Trukikaitis_Postimees, lk 10
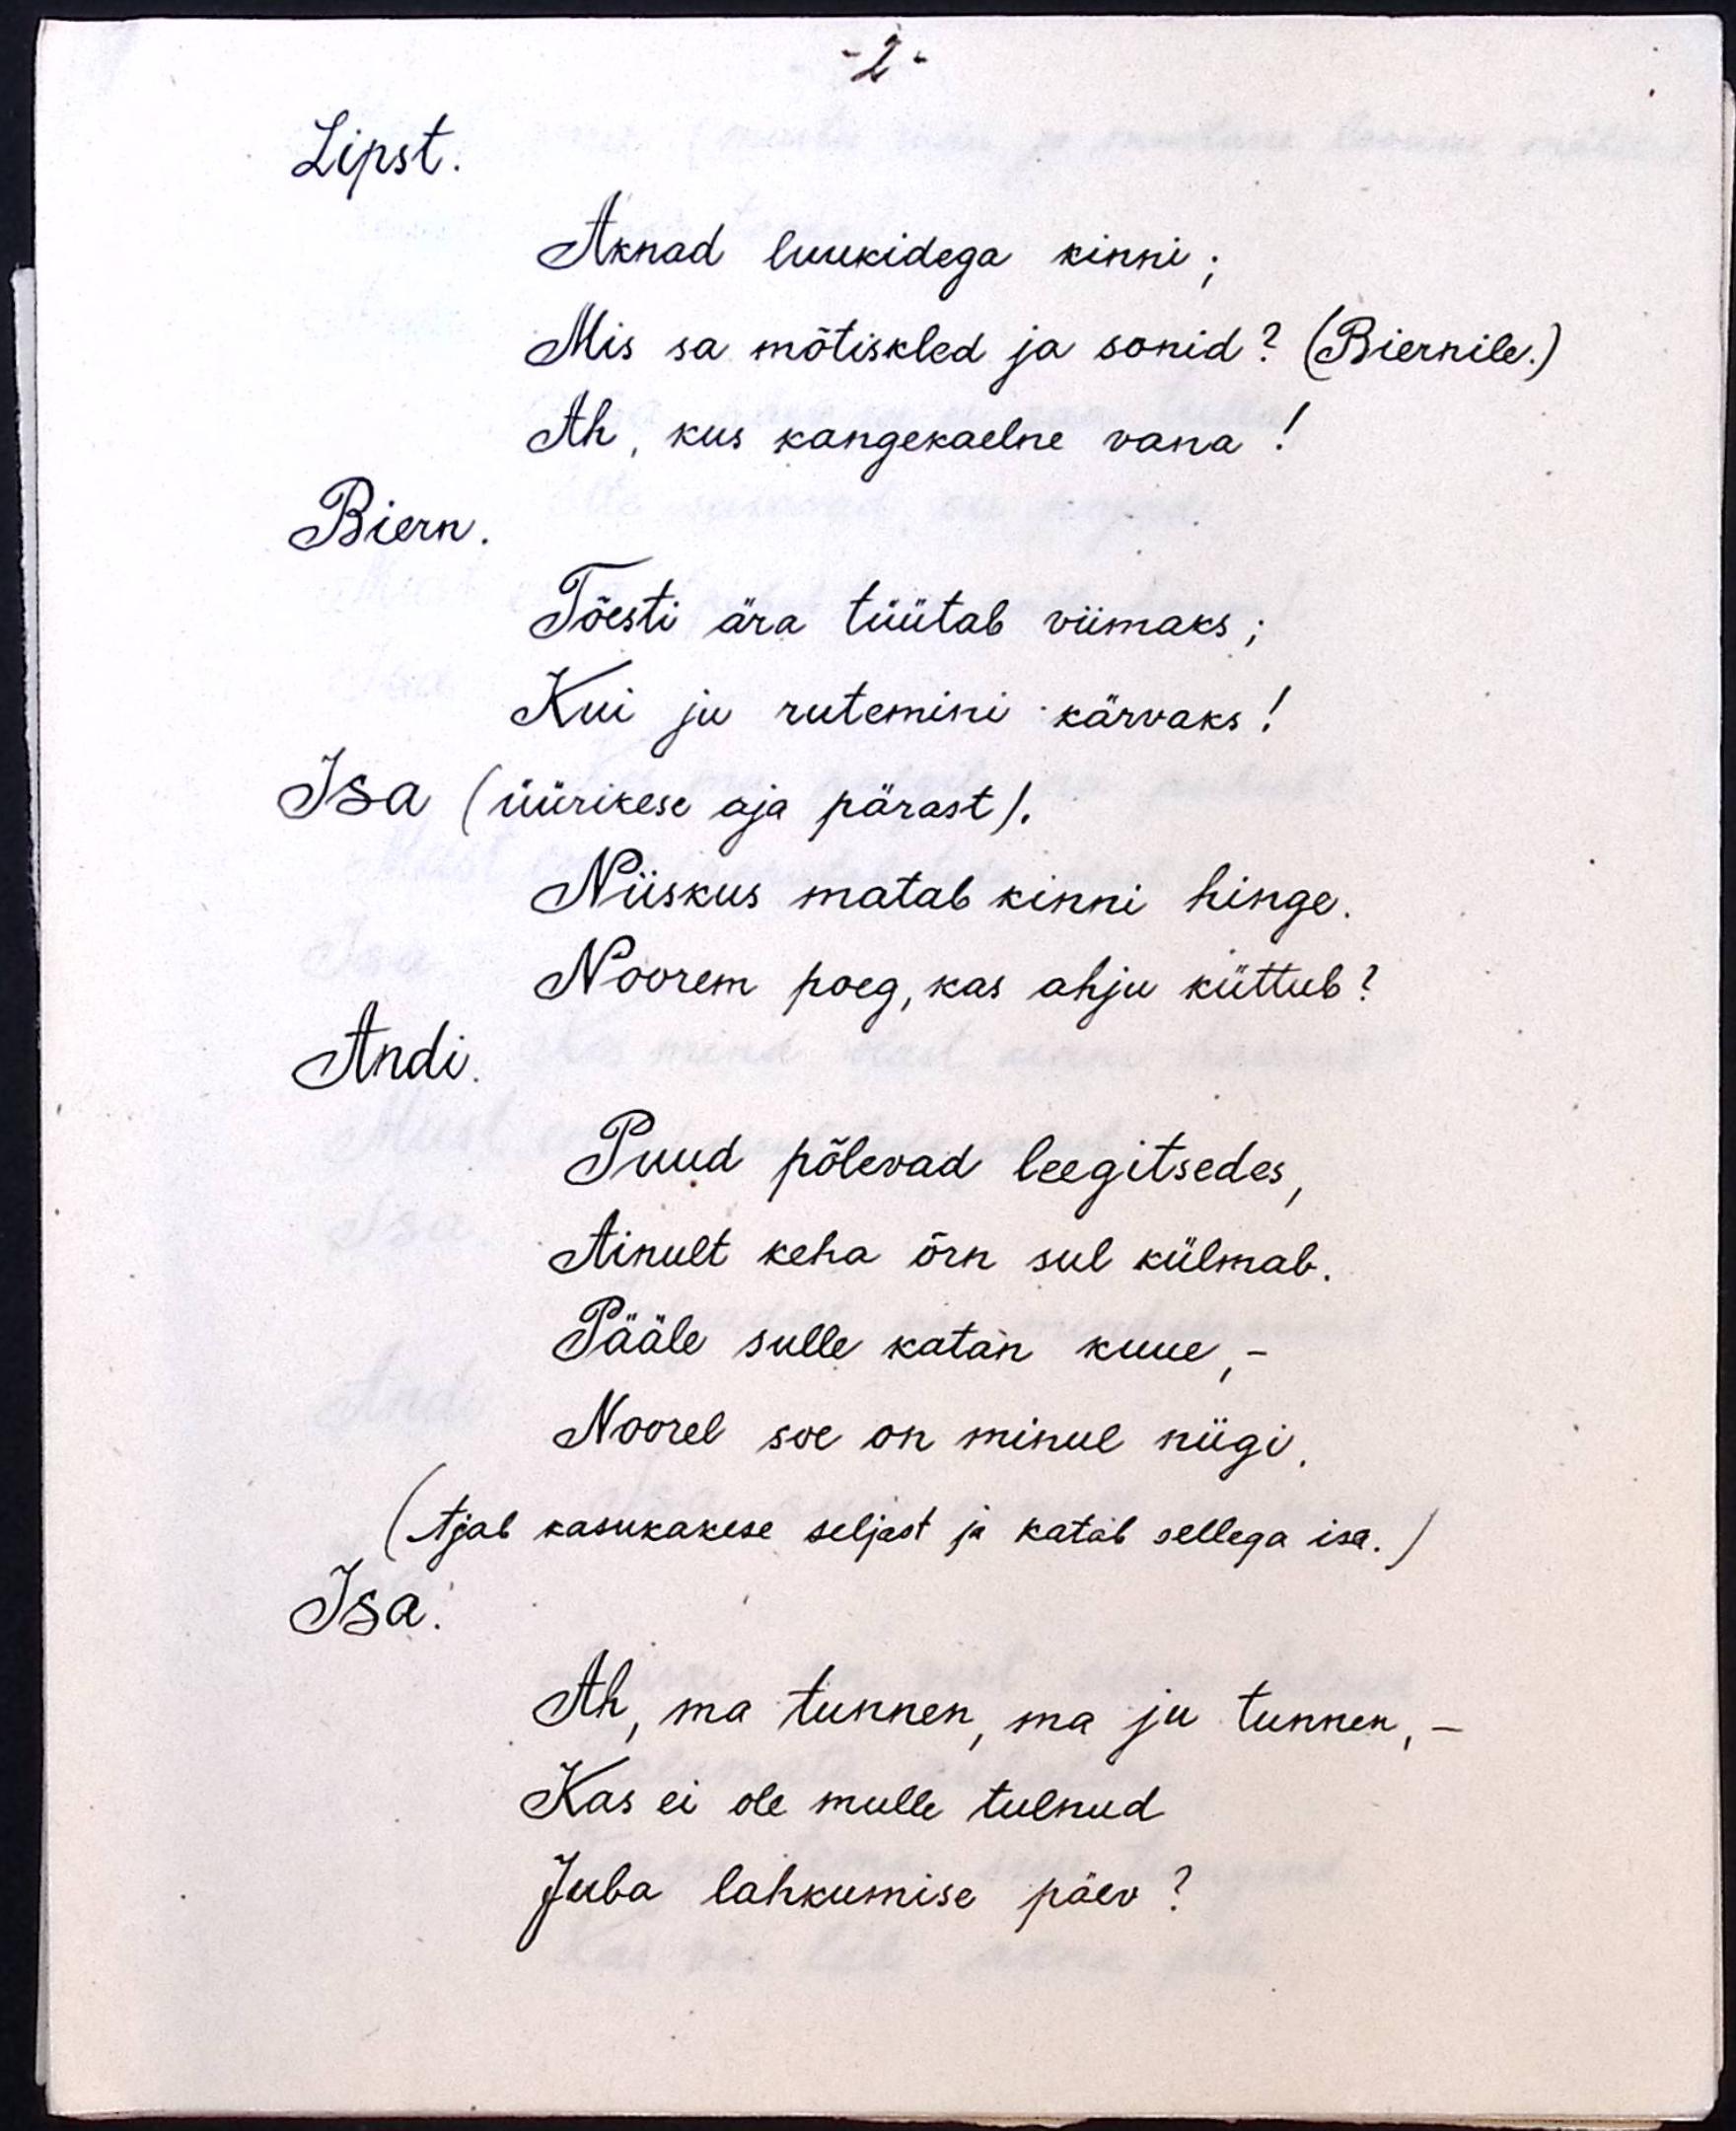
- 2 -
Lipst.
Aknad luukidega kinni;
Mis sa mõtiskled ja sonid? (Biernile.)
Ah, kus kangekaelne vana!
Biern.
Tõesti ära tüütab viimaks;
Kui ju rutemini kärvaks!
Isa (üürikese aja pärast).
Niiskus matab kinni hinge.
Noorem poeg, kas ahju küttub?
Andi.
Puud põlevad leegitsedes,
Ainult keha õrn sul külmab.
Pääle sulle katan kuue, -
Noorel soe on minul niigi.
(Ajab kasukakese seljast ja katab sellega isa.)
Isa.
Ah, ma tunnen, ma ju tunnen,-
Kas ei ole mulle tulnud
Juba lahkumise päev?